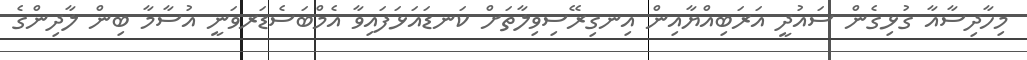
މިހާދިސާއާ ގުޅިގެން ސައުދީ އަރަބިއްޔާއިން އިނގިރޭސިވިލާތަށް ކަނޑައަޅަފައިވާ އެމްބަސެޑަރވަނީ އުސާމާ ބިން ލާދިންގެ